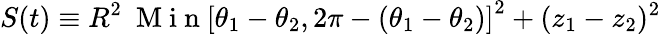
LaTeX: S(t)\equiv R^{2}~\mathrm{~M~i~n~}\left[\theta_{1}-\theta_{2},2\pi-(\theta_{1}-\theta_{2})\right]^{2}+(z_{1}-z_{2})^{2}